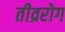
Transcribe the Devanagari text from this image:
तीव्ररोग